画像に写った文字を読んでください
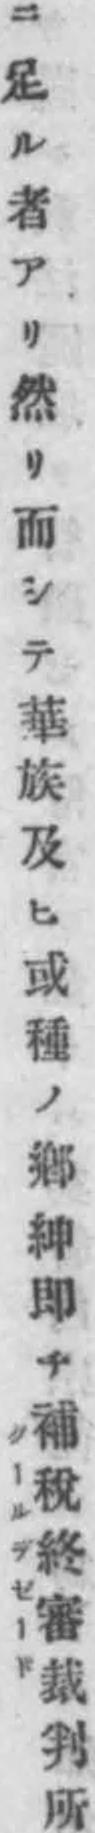
「ニ足ル者アリ然リ而シテ華族及ヒ或種ノ鄕紳即チ補稅終審裁判所」と書いてあります